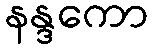
နန္ဒကော